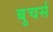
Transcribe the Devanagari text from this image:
बुचर्स